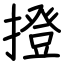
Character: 撜